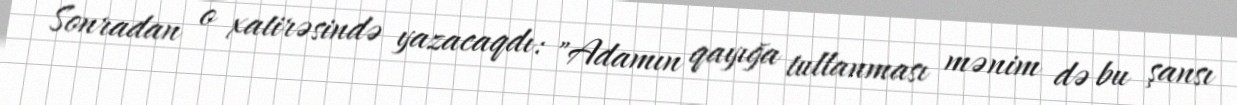
Sonradan o xatirəsində yazacaqdı: "Adamın qayığa tullanması mənim də bu şansı